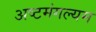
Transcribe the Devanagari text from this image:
अष्टमंगल्यम